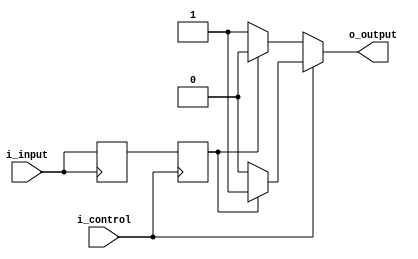
module voltage_level_shifter (
  input wire i_input,
  output wire o_output,
  input wire i_control
);

  reg input_reg;
  reg output_reg;

  // Input and output registers
  always @(posedge i_input) begin
    input_reg <= i_input;
  end
  
  always @(posedge i_control) begin
    output_reg <= input_reg;
  end

  // Voltage level shifting logic
  always @(*) begin
    if (i_control == 1'b1) begin
      o_output = (output_reg) ? 1'b1 : 1'b0;
    end else begin
      o_output = (output_reg) ? 1'b0 : 1'b1;
    end
  end

endmodule